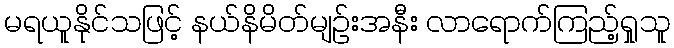
မရယူနိုင်သဖြင့် နယ်နိမိတ်မျဉ်းအနီး လာရောက်ကြည့်ရှုသူ